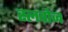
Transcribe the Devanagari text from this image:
स्लवोज